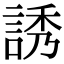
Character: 誘